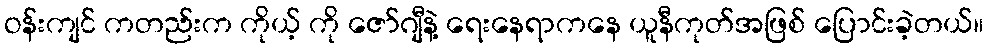
ဝန်းကျင် ကတည်းက ကိုယ့် ကို ဇော်ဂျီနဲ့ ရေးနေရာကနေ ယူနီကုတ်အဖြစ် ပြောင်းခဲ့တယ်။